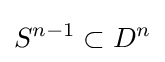
S^{n-1}\subset D^{n}